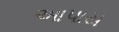
આપાય